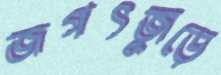
জগৎজুড়ে